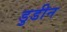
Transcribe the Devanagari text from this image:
डुडीन